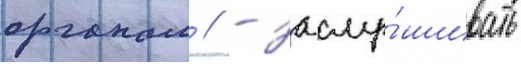
органам // - заслу́шивать